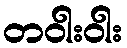
တဝါးဝါး